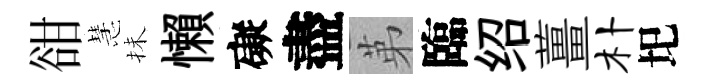
𧮳慧抺懶礙盡苐臨绍薑朴圯